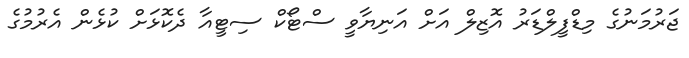
ޖަރުމަނުގެ މިޑްފީލްޑަރު އޮޒިލް އަށް އަނިޔާވީ ސްޓޯކް ސިޓީއާ ދެކޮޅަށް ކުޅެން އެރުމުގެ